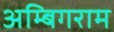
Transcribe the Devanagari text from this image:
अम्बिगराम